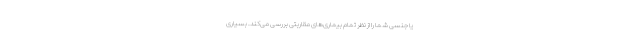
یا جنسی شما را از نظر تمام بیماری‌های مقاربتی بررسی می‌کند. بسیاری